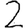
Digit: 2